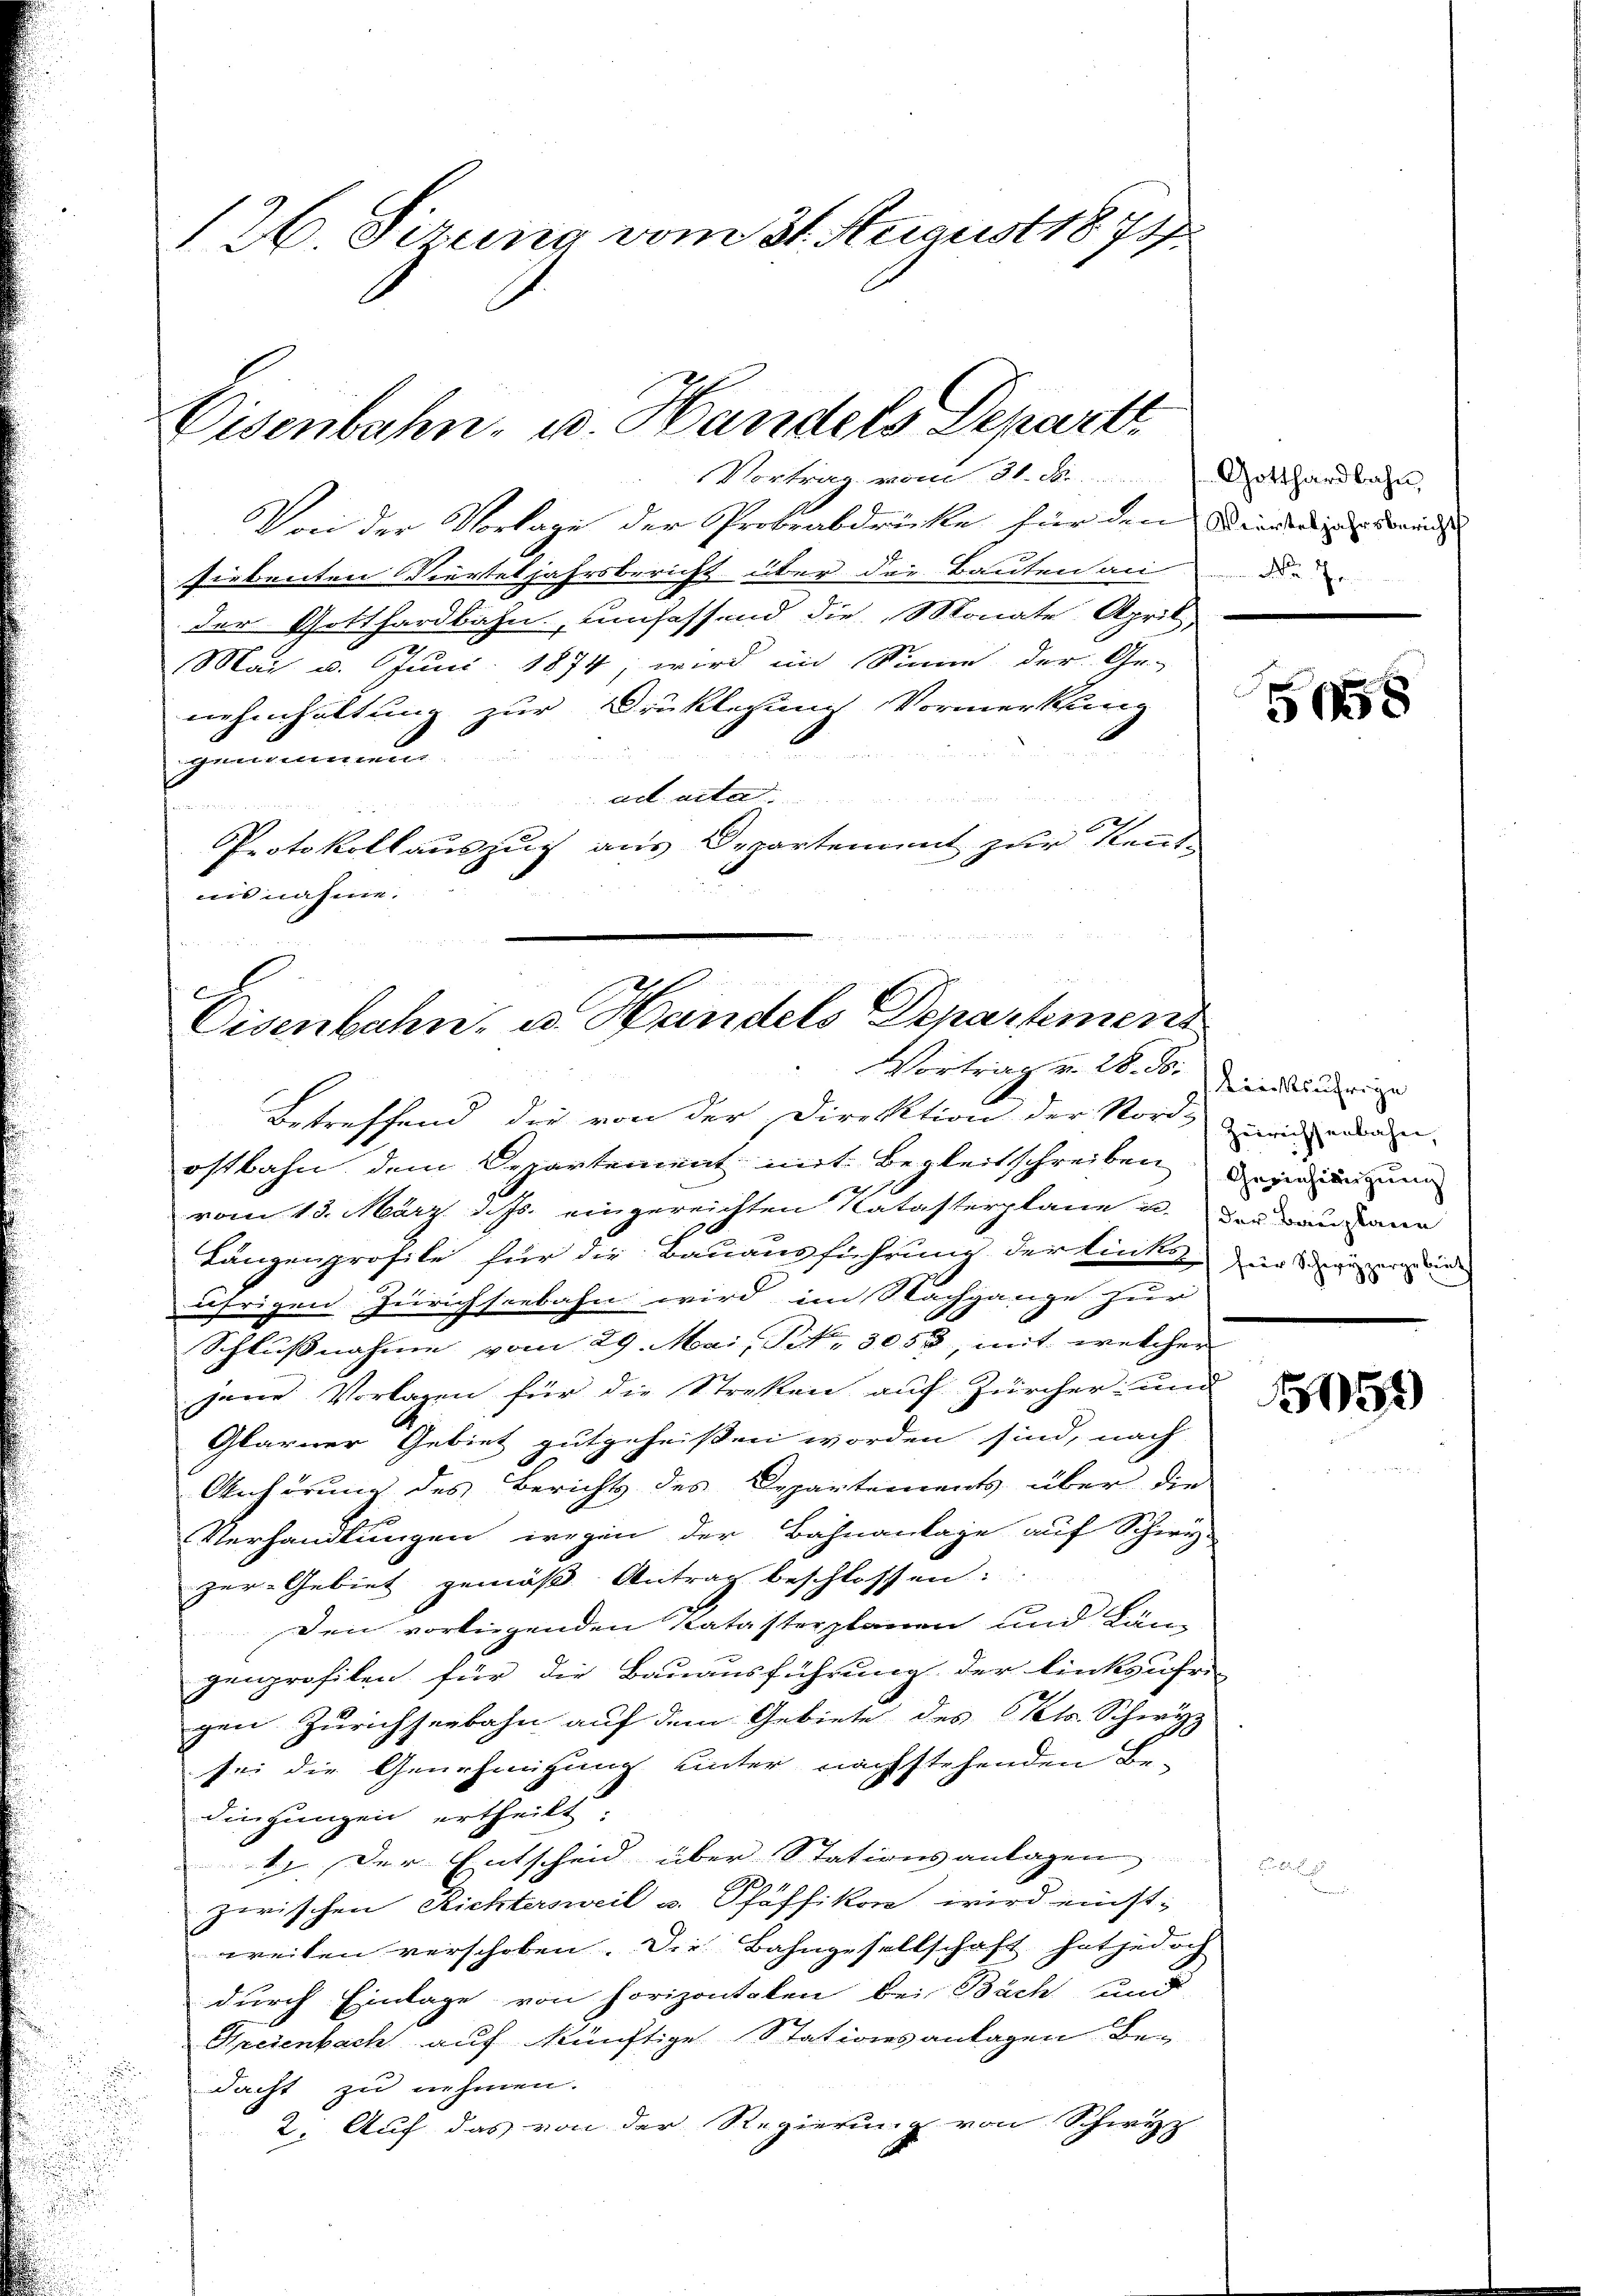
126. Sizung vom 31. August 1873

Von der Vorlage der Probeabdrücke für den Kinden konn
siebenten Vierteljahrsbericht über die Bauten an
der Gotthardbahn, umfassend die Monate April,
Mai d. Juni 1874; wird im Sinne der Ge-
nehmhaltung zur Drucklegung Vormerkung

genommen
ad acta.
x
Protokollauszug aus Departement zur Kenntnie nahme.

Eisenbahn, u. Handels Depart
Vortrag vom 31. d. Gotthardbahn,

A
Eisenbahn, u. Handels Departement
Vertritz v. M. D. Dienständige

No 7

Betreffend die von der Direktion der Nord- und Boden-
ostbahn dem Departement mit Begleitschreiben deiner un
vom 13. März d. Js. eingereichten Katasterplane u. der dann
Länzenprofile für die Bauausführung der linke in den wir
äfrigen Zürichseebahn wird im Nachgange zur
Schlussnahme vom 29. Mai, Nr. 3053 mit welcher
jene Vorlagen für die Streken auf Zürcher und
Glarner Gebiet gutgeheißen worden sind, nach
Anhörung des Berichts des Departements über die
Verhandlungen wegen der Bahnanlage auf Schwyz-
zur Gebiet gemäß Antrag beschlossen:
Den vorliegenden Katasterplanen und Län-
genprofilen für die Bauausführung der linksufri-
gen Zürichseebahn auf dem Gebiete des Kts. Schwyz
sei die Genehmigung unter nachstehenden Be-
dingungen ertheilt:
1. Der Entscheid über Stationsanlagen
zwischen Richtersweil u. Schäffikon wird einstweiten verschoben. Die Bahngesellschaft hat jedoch
durch Einlage von horizontalen bei Bäch und
Gresenbach auf künftige Stationsantagen Bedacht zu nehmen.
2. Auf das von der Regierung von Schwyz

5058

051